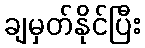
ချမှတ်နိုင်ပြီး